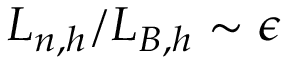
L _ { n , h } / L _ { B , h } \sim \epsilon